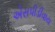
એસપીડીવાય